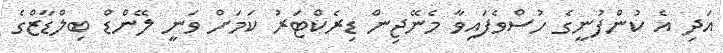
އަދި އެ ކުންފުނީގެ ހުސްވެފައިވާ މެނޭޖިން ޑިރެކްޓަރު ކަމަށް ވަނީ ލޭންޑް ބިލްޑާޒްގެ